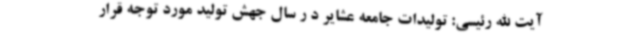
آیت الله رئیسی: تولیدات جامعه عشایر د ر سال جهش تولید مورد توجه قرار